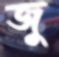
জু